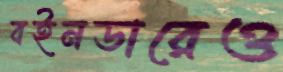
বইনডারেও